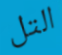
التل